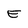
Character: E